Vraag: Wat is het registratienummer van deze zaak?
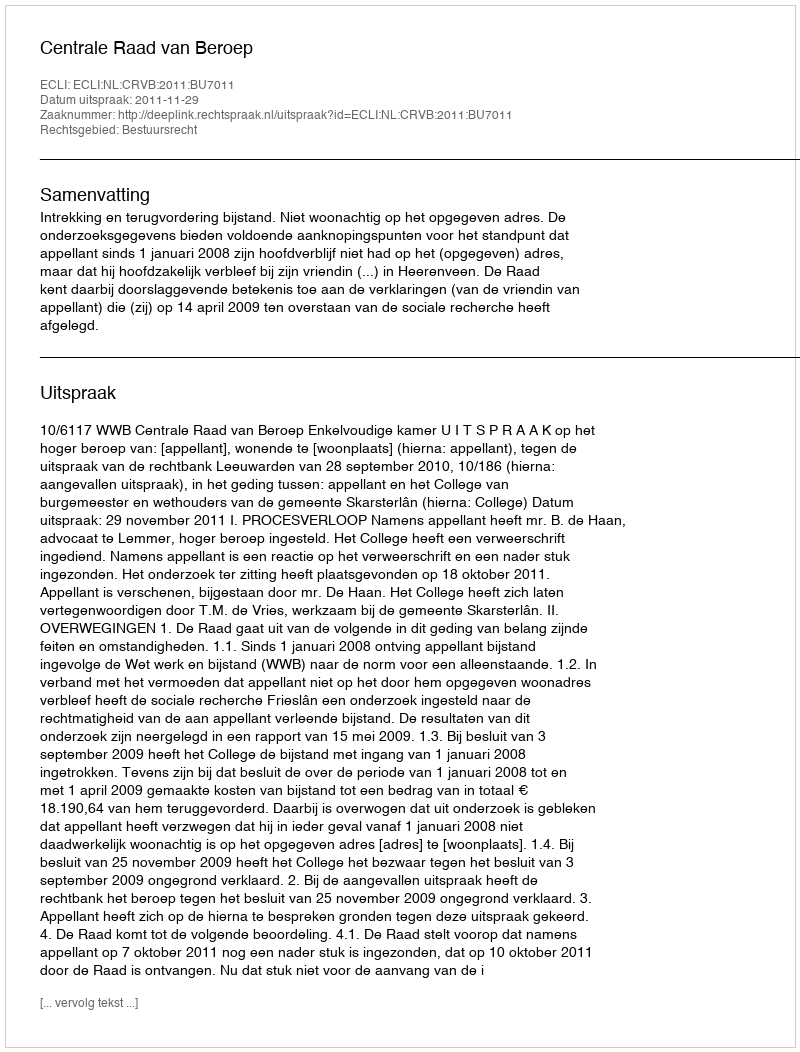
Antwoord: http://deeplink.rechtspraak.nl/uitspraak?id=ECLI:NL:CRVB:2011:BU7011